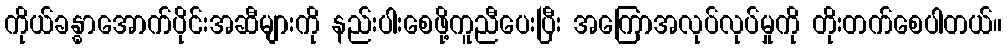
ကိုယ်ခန္ဓာအောက်ပိုင်းအဆီများကို နည်းပါးစေဖို့ကူညီပေးပြီး အကြောအလုပ်လုပ်မှုကို တိုးတက်စေပါတယ်။